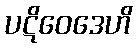
ပဋိဝေဒေဟိ